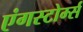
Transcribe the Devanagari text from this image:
एंगस्टोर्म्स